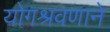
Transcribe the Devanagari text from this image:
योगश्रवणाने